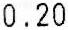
0.20